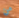
من